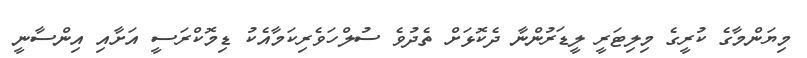
މިޔަންމާގެ ކުރީގެ މިލިޓަރީ ލީޑަރުންނާ ދެކޮޅަށް ތެދުވެ ސުލްހަވެރިކަމާއެކު ޑިމޮކްރަސީ އަށާއި އިންސާނީ